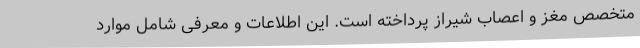
متخصص مغز و اعصاب شیراز پرداخته است. این اطلاعات و معرفی شامل موارد